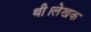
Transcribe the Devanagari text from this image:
थी।लेखक